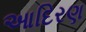
આદિરણ